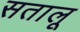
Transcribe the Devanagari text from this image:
सतालू